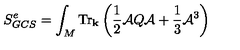
\displaystyle { S _ { G C S } ^ { e } = \int _ { M } \mathrm { T r } _ { \bf k } \left( \frac { 1 } { 2 } { \cal A } Q { \cal A } + \frac { 1 } { 3 } { \cal A } ^ { 3 } \right) }